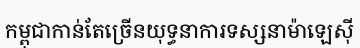
កម្ពុជាកាន់តែច្រើនយុទ្ធនាការទស្សនាម៉ាឡេស៊ី